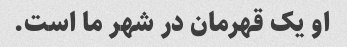
او یک قهرمان در شهر ما است.